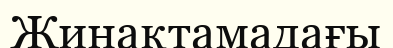
Жинақтамадағы